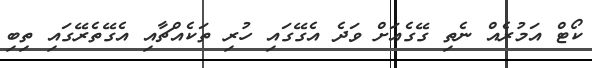
ކޯޓް އަމުރެއް ނެތި ގޭގެއަށް ވަދެ އެގޭގައި ހުރި ތަކެއްޗާއި އެގޭތެރޭގައި ތިބި